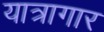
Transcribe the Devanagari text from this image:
यात्रागार